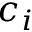
c _ { i }